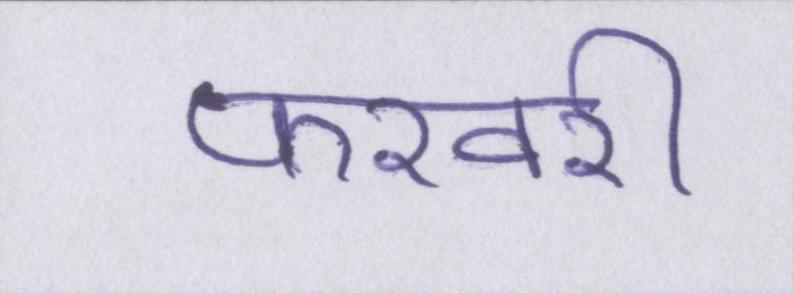
फरवरी